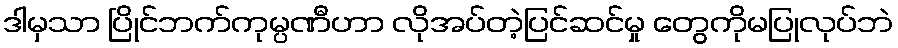
ဒါမှသာ ပြိုင်ဘက်ကုမ္ပဏီဟာ လိုအပ်တဲ့ပြင်ဆင်မှု တွေကိုမပြုလုပ်ဘဲ